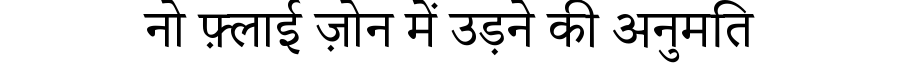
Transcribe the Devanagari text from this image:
नो फ़्लाई ज़ोन में उड़ने की अनुमति